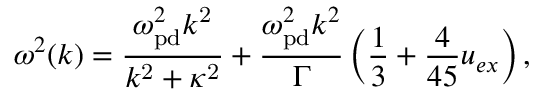
\omega ^ { 2 } ( k ) = \frac { \omega _ { \mathrm { p d } } ^ { 2 } k ^ { \mathrm { 2 } } } { k ^ { \mathrm { 2 } } + \kappa ^ { \mathrm { 2 } } } + \frac { \omega _ { \mathrm { p d } } ^ { 2 } k ^ { 2 } } { \Gamma } \left( \frac { 1 } { 3 } + \frac { 4 } { 4 5 } u _ { e x } \right) ,